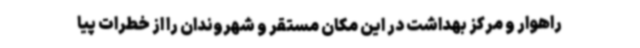
راهوار و مرکز بهداشت در این مکان مستقر و شهروندان را از خطرات پیا